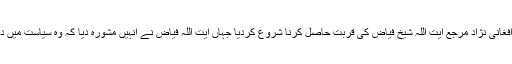
مقتدی کے والد کے قتل کے بعد اس نے اپنے والد کی وصیت کے مطابق عراق میں مقیم افغانی نژاد مرجع آیت اللہ شیخ فیاض کی قربت حاصل کرنا شروع کردیا جہاں آیت اللہ فیاض نے انہیں مشورہ دیا کہ وہ سیاست میں دراندازی کےبجائے مذہبی علوم کے اعلی مدارج کے حصول میں خود کو مصروف کرے۔